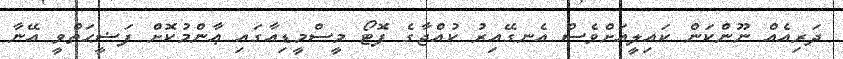
ދަރިއެއް ނޫންކަން ކައިލީއަށްވެސް އެނގޭއިރު ކުއްޖާގެ ފޮޓޯ މީސްމީޑިއާގައި ޢާންމުކޮށް ފަޟީޙަތްވީ އޭނާ